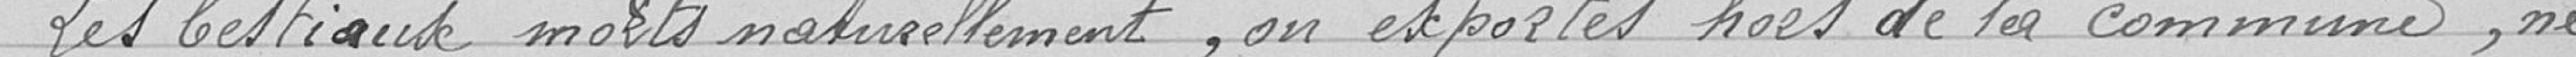
Les bestiaux morts naturellement, ou exportés hors de la commune, ne